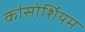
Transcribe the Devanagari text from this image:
कांसोर्शियम